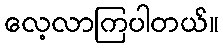
လေ့လာကြပါတယ်။